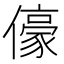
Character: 儫